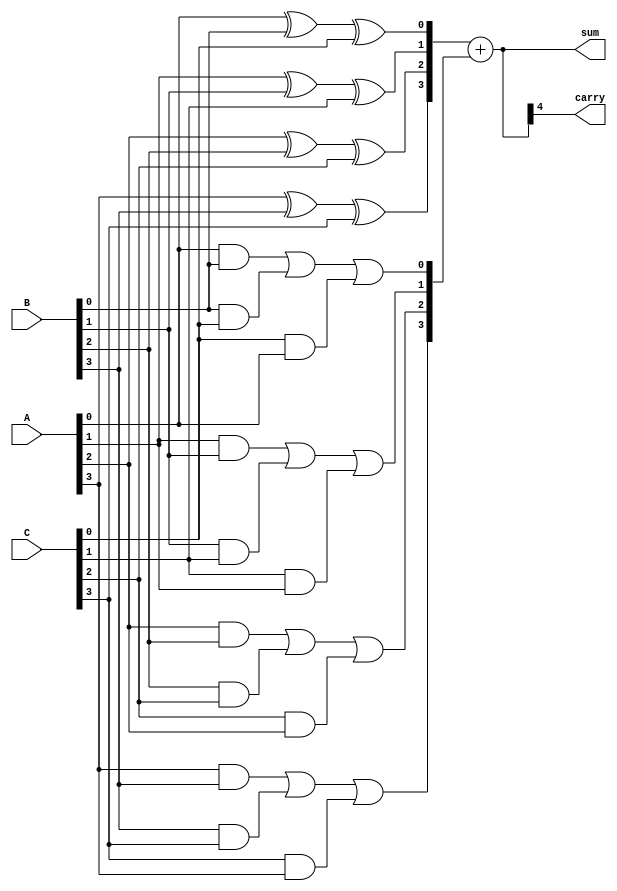
module CarrySaveAdder (
    input [3:0] A,   // 4-bit input A
    input [3:0] B,   // 4-bit input B
    input [3:0] C,   // 4-bit input C
    output [4:0] sum, // 5-bit output sum (4 bits + carry)
    output carry      // Final carry output
);

    // Intermediate signals for partial sums and carries
    wire [3:0] S; // Partial sums
    wire [3:0] C_temp; // Intermediate carries

    // Generate partial sums using XOR gates
    assign S[0] = A[0] ^ B[0] ^ C[0];
    assign S[1] = A[1] ^ B[1] ^ C[1];
    assign S[2] = A[2] ^ B[2] ^ C[2];
    assign S[3] = A[3] ^ B[3] ^ C[3];

    // Generate carries using AND and OR gates
    assign C_temp[0] = (A[0] & B[0]) | (B[0] & C[0]) | (C[0] & A[0]);
    assign C_temp[1] = (A[1] & B[1]) | (B[1] & C[1]) | (C[1] & A[1]);
    assign C_temp[2] = (A[2] & B[2]) | (B[2] & C[2]) | (C[2] & A[2]);
    assign C_temp[3] = (A[3] & B[3]) | (B[3] & C[3]) | (C[3] & A[3]);

    // Final addition of partial sums and carries
    wire [4:0] final_sum; // Final sum including carry
    assign final_sum = {1'b0, S} + {1'b0, C_temp}; // Add partial sums and carries

    // Assign outputs
    assign sum = final_sum; // Final sum output
    assign carry = final_sum[4]; // Final carry output

endmodule